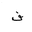
Letter: _fa